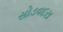
સોડવદરા